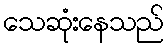
သေဆုံးနေသည်